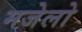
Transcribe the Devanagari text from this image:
मजेलो